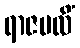
ရာဇဗလိံ